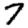
Digit: 7